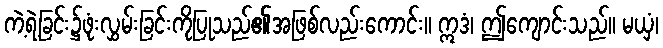
ကဲ့ရဲ့ခြင်း၌ဖုံးလွှမ်းခြင်းကိုပြုသည်၏အဖြစ်လည်းကောင်း။ ဣဒံ၊ ဤကျောင်းသည်။ မယှံ၊